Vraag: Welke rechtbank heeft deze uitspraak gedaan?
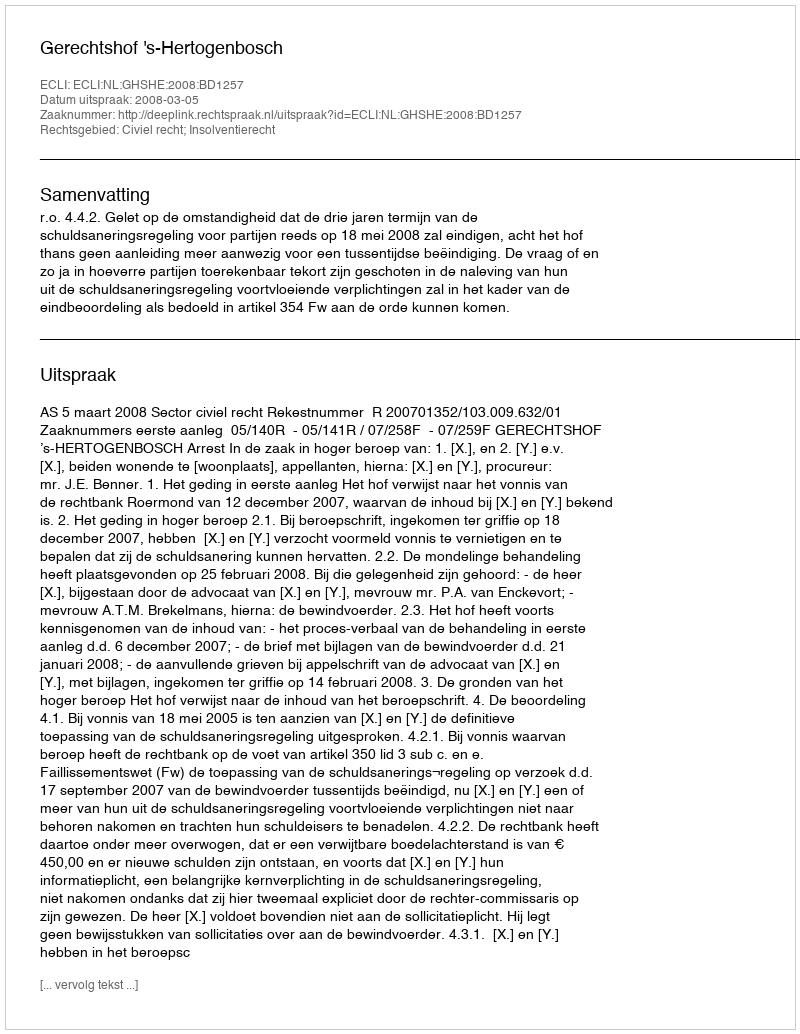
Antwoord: Gerechtshof 's-Hertogenbosch